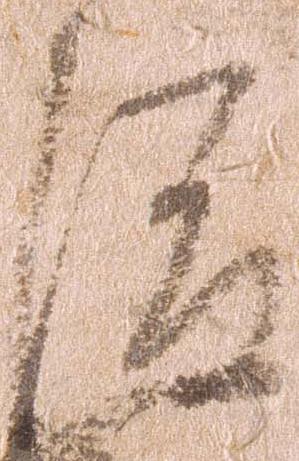
俊